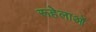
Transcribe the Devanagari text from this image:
रूहेलाओं